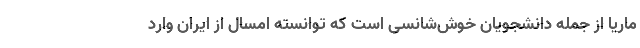
ماریا از جمله دانشجویان خوش‌شانسی است که توانسته امسال از ایران وارد